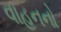
વાહનનો